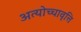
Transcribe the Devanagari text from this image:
अत्योच्चावृत्ति